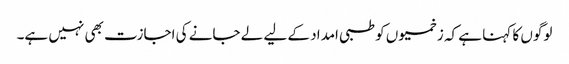
لوگوں کا کہنا ہے کہ زخمیوں کو طبی امداد کے لیے لے جانے کی اجازت بھی نہیں ہے۔